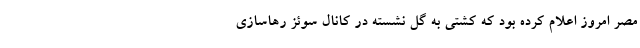
مصر امروز اعلام کرده بود که کشتی به گل نشسته در کانال سوئز رهاسازی